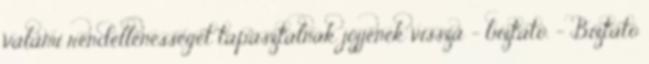
valami rendellenességet tapasztalnak jöjjenek vissza - biztató. - Biztató